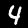
Digit: 4